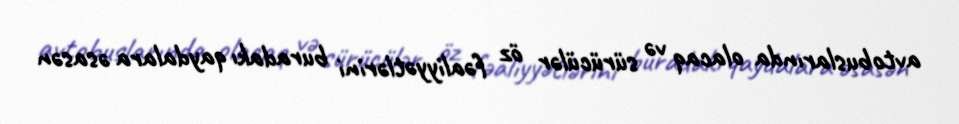
avtobuslarında olacaq və sürücülər öz fəaliyyətlərini buradakı qaydalara əsasən